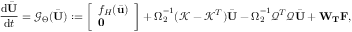
\frac { \mathrm { d } \bar { \mathbf { U } } } { \mathrm { d } t } = \mathcal { G } _ { \boldsymbol { \Theta } } ( \bar { \mathbf { U } } ) : = \left[ \begin{array} { l } { f _ { H } ( \bar { \mathbf { u } } ) } \\ { \mathbf { 0 } } \end{array} \right] + \boldsymbol { \Omega } _ { 2 } ^ { - 1 } ( \mathcal { K } - \mathcal { K } ^ { T } ) \bar { \mathbf { U } } - \boldsymbol { \Omega } _ { 2 } ^ { - 1 } \mathcal { Q } ^ { T } \mathcal { Q } \bar { \mathbf { U } } + \mathbf { W } _ { \mathbf { T } } \mathbf { F } ,